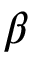
\beta